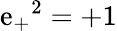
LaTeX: {\mathrm{e}_{+}}^{2}=+1